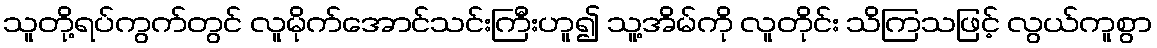
သူတို့ရပ်ကွက်တွင် လူမိုက်အောင်သင်းကြီးဟူ၍ သူ့အိမ်ကို လူတိုင်း သိကြသဖြင့် လွယ်ကူစွာ